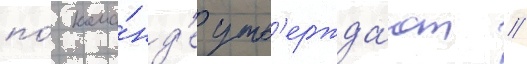
по́ кома́нд'е утв'ержда́ют /